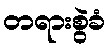
တရားစွဲခံ